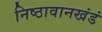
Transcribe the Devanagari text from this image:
निष्ठावानखंडं